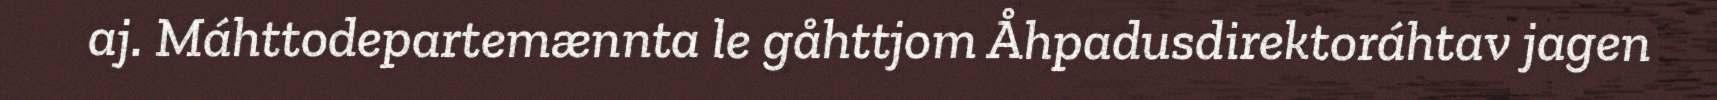
aj. Máhttodepartemænnta le gåhttjom Åhpadusdirektoráhtav jagen